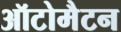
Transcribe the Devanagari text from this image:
ऑटोमैटन